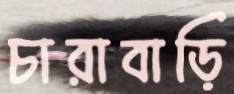
চারাবাড়ি